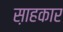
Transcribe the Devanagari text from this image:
स़ाहकार